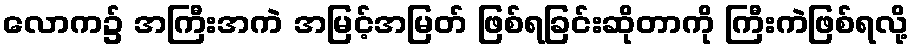
လောက၌ အကြီးအကဲ အမြင့်အမြတ် ဖြစ်ရခြင်းဆိုတာကို ကြီးကဲဖြစ်ရလို့